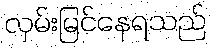
လှမ်းမြင်နေရသည်